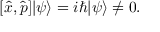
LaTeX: [ { \hat { x } } , { \hat { p } } ] | \psi \rangle = i \hbar | \psi \rangle \neq 0 .